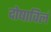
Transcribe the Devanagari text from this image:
दोषाविलं